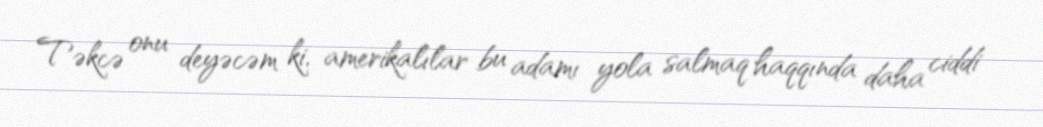
Təkcə onu deyəcəm ki, amerikalılar bu adamı yola salmaq haqqında daha ciddi